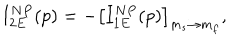
I _ { 2 E } ^ { N P } ( p ) = - \left[ I _ { 1 E } ^ { N P } ( p ) \right] _ { m _ { s } \rightarrow m _ { f } } ,